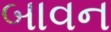
બાવન